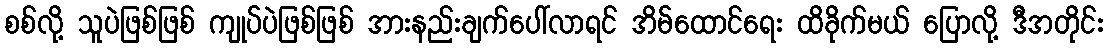
စစ်လို့ သူပဲဖြစ်ဖြစ် ကျုပ်ပဲဖြစ်ဖြစ် အားနည်းချက်ပေါ်လာရင် အိမ်ထောင်ရေး ထိခိုက်မယ် ပြောလို့ ဒီအတိုင်း